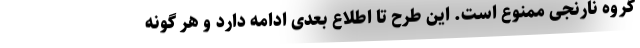
گروه نارنجی ممنوع است. این طرح تا اطلاع بعدی ادامه دارد و هر گونه